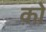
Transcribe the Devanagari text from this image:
को़